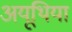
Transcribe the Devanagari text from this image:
अयूथिया